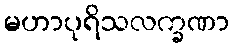
မဟာပုရိသလက္ခဏာ